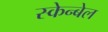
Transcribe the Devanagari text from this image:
स्केन्बेल